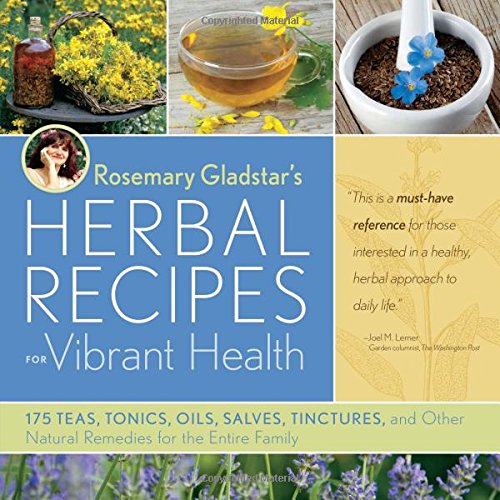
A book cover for Rosemary Gladstar's Herbal Recipes for Vibrant Health: 175 Teas, Tonics, Oils, Salves, Tinctures, and Other Natural Remedies for the Entire Family; Rosemary Gladstar; Parenting & Relationships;